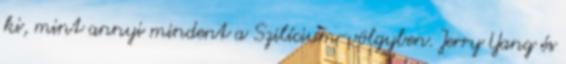
ki, mint annyi mindent a Szilícium-völgyben. Jerry Yang és